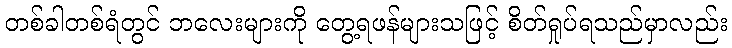
တစ်ခါတစ်ရံတွင် ဘလေးများကို တွေ့ရဖန်များသဖြင့် စိတ်ရှုပ်ရသည်မှာလည်း